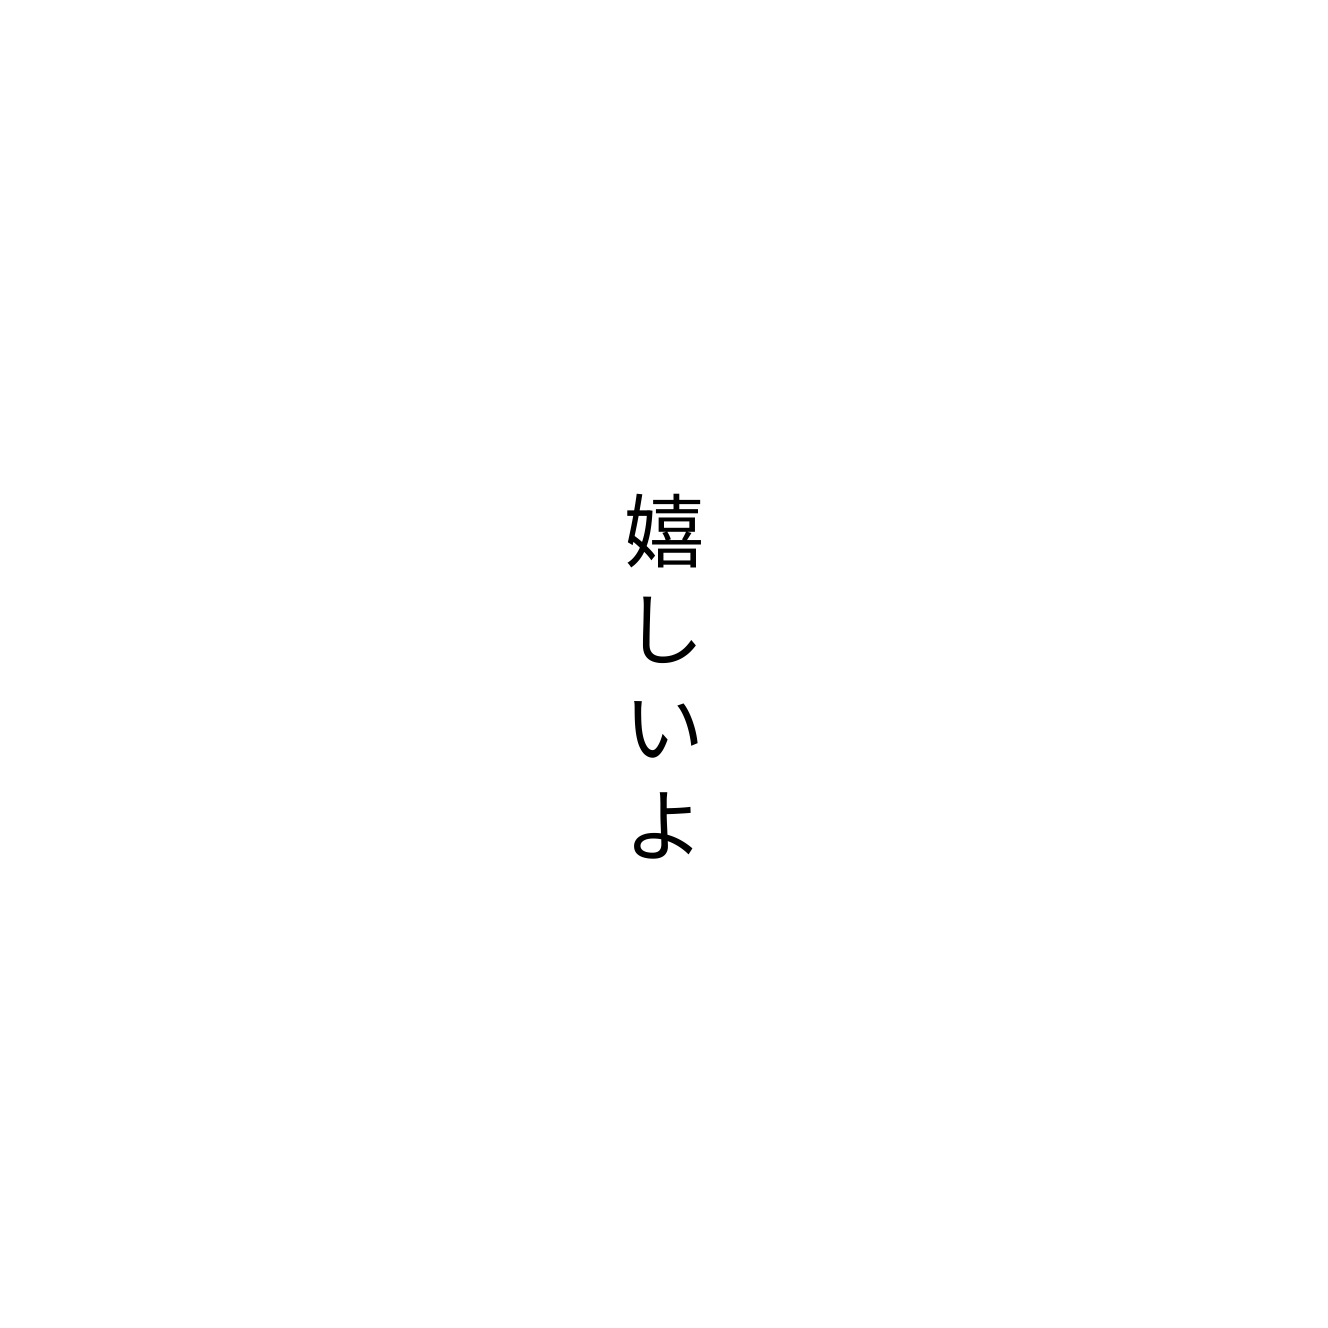
嬉しいよ